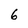
Character: 6